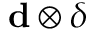
\ensuremath { \mathbf { d } } \otimes \delta